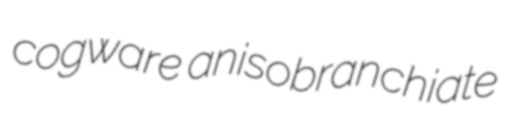
cogware anisobranchiate